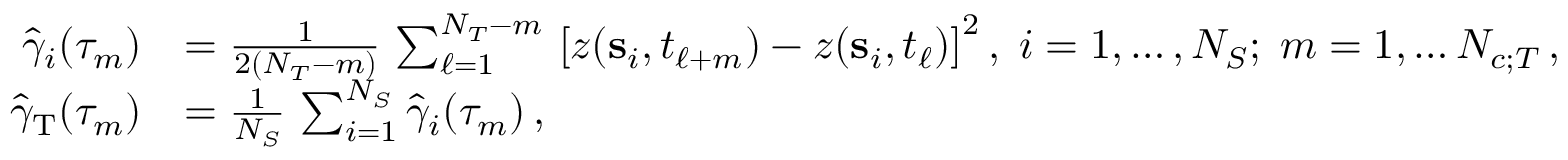
\begin{array} { r l } { \hat { \gamma } _ { i } ( \tau _ { m } ) } & { = \frac { 1 } { 2 ( N _ { T } - m ) } \, \sum _ { \ell = 1 } ^ { N _ { T } - m } \, \left[ z ( { \mathbf s } _ { i } , t _ { \ell + m } ) - z ( { \mathbf s } _ { i } , t _ { \ell } ) \right] ^ { 2 } , \; i = 1 , \ldots , N _ { S } ; \; m = 1 , \ldots N _ { c ; T } \, , } \\ { { \hat { \gamma } _ { \mathrm { T } } } ( \tau _ { m } ) } & { = \frac { 1 } { N _ { S } } \, \sum _ { i = 1 } ^ { N _ { S } } \hat { \gamma } _ { i } ( \tau _ { m } ) \, , } \end{array}